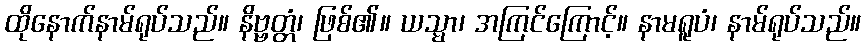
ထိုနောက်နာမ်ရုပ်သည်။ နိဗ္ဗတ္တံ၊ ဖြစ်၏။ ယသ္မာ၊ အကြင်ကြောင့်။ နာမရူပံ၊ နာမ်ရုပ်သည်။